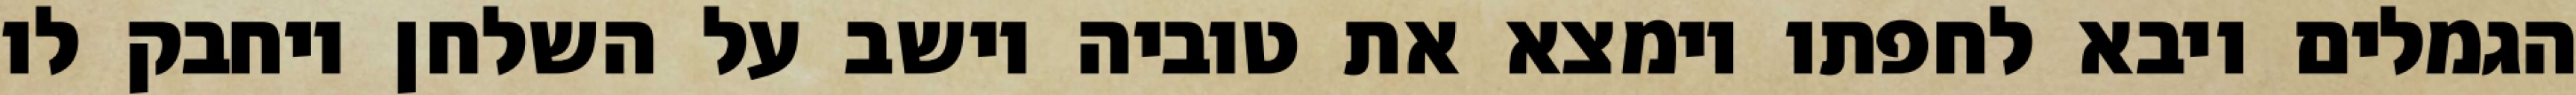
הגמלים ויבא לחפתו וימצא את טוביה יושב על השלחן ויחבק לו